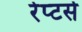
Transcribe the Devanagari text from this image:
रेप्‍टर्स